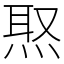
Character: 焣